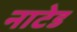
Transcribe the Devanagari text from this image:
नाटेड